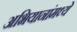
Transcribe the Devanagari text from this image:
अभियानांमध्ये